Vital statistics of India. Vol. VI, European troops 1870-79
Year: 1870
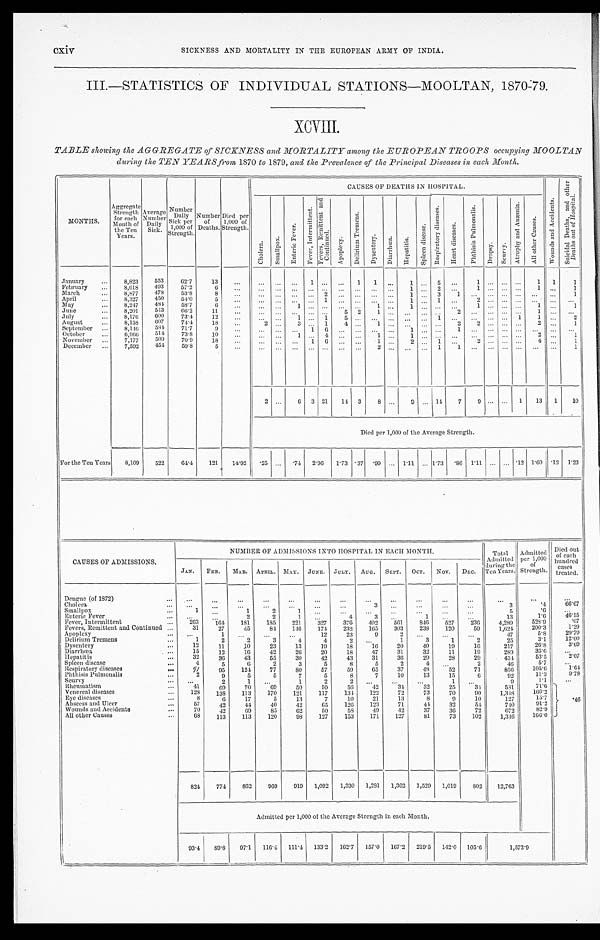
cxiv SICKNESS AND MORTALITY IN THE EUROPEAN ARMY OF INDIA.
III.—STATISTICS OF INDIVIDUAL STATIONS—MOOLTAN, 1870-79.
XCVIII.
TABLE showing the AGGREGATE of SICKNESS and MORTALITY among the EUROPEAN TROOPS occupying MOOLTAN
during the TEN YEARS from 1870 to 1879, and the Prevalence of the Principal Diseases in each Month.
MONTHS.
Aggregate Strength for each
Month of
the Ten
Years.
Average Number Daily Si ck.
Number Daily
Sick per
1 , 0 0 0 o f S t r e n g t h .
Number of
Deaths.
Died per
1,000 of
Strength
CAUSES OF DEATHS IN HOSPITAL.
W o u n d s a n d A c c i d e n t s .
S u i c i d a l D e a t h s , a n d o t h e r D e a t h s o u t o f H o s p i t a l .
C h o l e r a . S m a l l p o x .
E n t e r i c F e v e r .
F e v e r , I n t e r m i t t e n t .
F e v e r s , R e m i t t e n t a n d C o n t i n u e d .
A p o p l e x y .
D e l i r i u m T r e m e n s .
D y s e n t e r y .
D i a r r h œ a . H e p a t i t i s .
S p l e e n d i s e a s e .
R e s p i r a t o r y d i s e a s e s .
H e a r t d i s e a s e s .
P h t h i s i s P u l m o n a l i s .
D r o p s y .
S c u r v y .
A t r o p h y a n d A n æ m i a .
A l l o t h e r C a u s e s .
January
8,823 553 62.7 13
1
1 1
1
5
1
1 1 1
February
8,618 493 57.2
6
1
2
1
1
1
March
8,877 478 53.8
8
2
1
3 1
1
April
8,327 450 54.0
5
1
1
1
2
May
8,247 484 58.7
6
1
1
1
1
1
1
June
8,201 543
6 6 . 2 11
5 2
1
2
1
July
8,176 600 73.4 12
1
1 5
1
1 1
2
August
8,158 607 74.4 18
2
3
1 4
1
2
2
2
1
September
8,146 584 71.7
9
1 6
1
1
October
6,966 514 73.8 10
1
4
1
1
2
1
November
7,177 509 70.9 18
1 6
1
2
1
2
4
1
December
7,592 454 59.8
5
2
1 1
1
2
6 3 21 14 3 8
9
14 7
9
1 13 1 10
Died per 1,000 of the Average Strength.
For the Ten Years 8,109 522 64.4 121 14.92
. 2 5
. 7 4 2.96 1.73 .37 . 9 9
1.11 1.73 .86 1.11
.12 1.60 . 12 1.23
CAUSES OF ADMISSIONS.
NUMBER OF ADMISSIONS INTO HOSPITAL IN EACH MONTH.
Total
Admitted the
Years.
d u r i n g t h e Te n Ye a r .
Admitted per 1,000
of ,
Strength.
Died out
of each
hundred cases
treated.
JAN. FEB. MAR. APRIL. MAY. JUNE. JULY. AUG. SEPT. OCT. Nov. DEC.
Dengue (of 1872)
Cholera
3
3
. 4 66. 67
Smallpox
1
1
2
1
5
.6
Enteric Fever
2 2
1
4
3
1
13
1. 6
46. 15
Fever, Intermittent
263
1 6 4
1 8 1 185 221 327 376 402 561 846 527 2 3 6
4, 289
528. 9
.07
Fevers, Remittent and Continued
31
27
45
84 146 174 232 165 303 238 120
59
1, 624
200. 3
1 . 2 9
Apoplexy
1
12
23
9
2
47
5. 8
29. 79
Delirium Tremens
1
2
2
3
4
4
2
1
3
1
2
25
3. 1
12. 00
Dysentery
12
11 10
23
13
19 18
16 20
40
19
16
217
26. 8
3 . 6 9
Diarrhœa
15
12
16
42
26
20
18 47
31
32
11
19
289
35. 6
Hepatitis
32
36
43
55
30
42 43
31
36 29
28
29
434
53. 5
2 . 0 7
Spleen disease
4
5
6
2
3
5
8
5
2
4
2
4 6
5. 7
Respiratory diseases
9 1 95 124 77
80
57
59 65
37
48
52
71
856
105. 6
1 . 6 4
Phthisis Pulmonalis
2
9
5
5
7
5
8
7
10
13
1 5
6
92
11. 3
9 . 7 8
Scurvy
2
1
1
2
2
1
9
1.1
Rheumatism
41
69
70
69
50
59
56 42 34 32
25 34
581
71. 6
. 4 6
Venereal diseases
128 138 113 170 121 117 134 122
72
73
70
9 0
1, 348
166. 2
Eye diseases
8
6
17
5
13
7
10
21
13
5
9 10
127
15. 7
Abscess and Ulcer
5 7 42
44 40
42
65 126 123
71
44
32
54
740
91.2
Wounds and Accidents
70 42
69 85
62
50
58 49 42
37
36
72
672
8 2 . 9
All other Causes
6 8 113 113 120
98 127 153 171 127
81
73 102
1, 346
1 6 6 . 0
824 774 862 969 919 1,092 1,330 1,281 1,362 1,529 1,019 802 12,763
Admitted per 1,000 of the Average Strength in each Month.
93.4 89.8 97.1 116.1 111.4 133.2 162.7 157.0 167.2 219.5 142.0 105.6
1 , 5 7 3 . 9